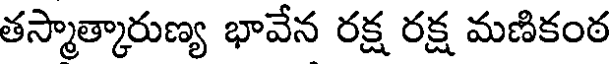
తస్మాత్కారుణ్య భావేన రక్ష రక్ష మణికంఠ